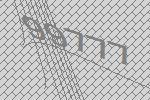
99777